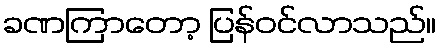
ခဏကြာတော့ ပြန်ဝင်လာသည်။